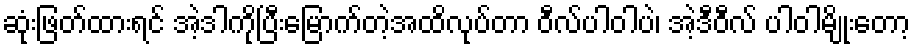
ဆုံးဖြတ်ထားရင် အဲ့ဒါကိုပြီးမြောက်တဲ့အထိလုပ်တာ ဝီလ်ပါဝါပဲ၊ အဲ့ဒီဝီလ် ပါဝါမျိုးတော့